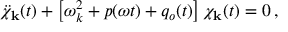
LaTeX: \ddot { \chi } _ { \bf k } ( t ) + \left[ \omega _ { k } ^ { 2 } + p ( \omega t ) + q _ { o } ( t ) \right] \chi _ { \bf k } ( t ) = 0 \, ,